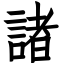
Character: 諸